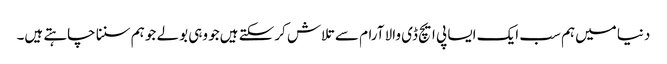
دنیا میں‌ہم سب ایک ایسا پی ایچ ڈی والا آرام سے تلاش کرسکتے ہیں‌جو وہی بولے جو ہم سننا چاہتے ہیں۔